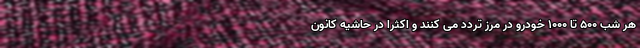
هر شب ۵۰۰ تا ۱۰۰۰ خودرو در مرز تردد می کنند و اکثرا در حاشیه کانون